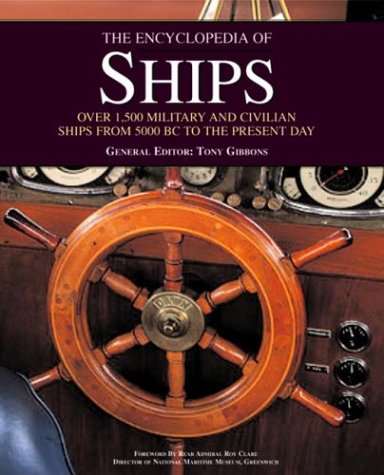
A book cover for The Encyclopedia of Ships; Arts & Photography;